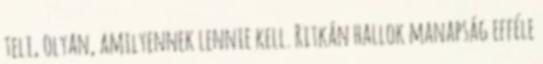
teli, olyan, amilyennek lennie kell. Ritkán hallok manapság efféle